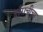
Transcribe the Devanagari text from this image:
हाँगचीचा